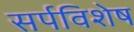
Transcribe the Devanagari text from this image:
सर्पविशेष